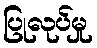
ပြုလုပ်မှု